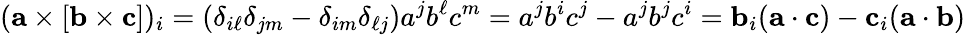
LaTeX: (\mathbf{a}\times[\mathbf{b}\times\mathbf{c}])_{i}=(\delta_{i\ell}\delta_{jm}-\delta_{im}\delta_{\ell j})a^{j}b^{\ell}c^{m}=a^{j}b^{i}c^{j}-a^{j}b^{j}c^{i}=\mathbf{b}_{i}(\mathbf{a}\cdot\mathbf{c})-\mathbf{c}_{i}(\mathbf{a}\cdot\mathbf{b})